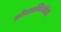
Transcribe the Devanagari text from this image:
क्रोमअल्वियोलेटों